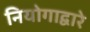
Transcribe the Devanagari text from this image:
नियोगाद्वारे